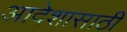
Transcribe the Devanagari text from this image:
आदेशासाठी